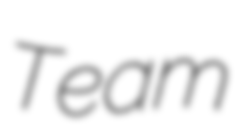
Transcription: Team